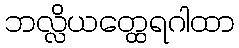
ဘလ္လိယတ္ထေရဂါထာ